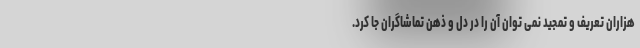
هزاران تعریف و تمجید نمی توان آن را در دل و ذهن تماشاگران جا کرد.